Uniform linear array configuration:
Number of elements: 16
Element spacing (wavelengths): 0.25
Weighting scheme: hann
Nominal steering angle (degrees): -60
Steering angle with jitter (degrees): -58.949
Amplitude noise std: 0.05
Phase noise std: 0.05

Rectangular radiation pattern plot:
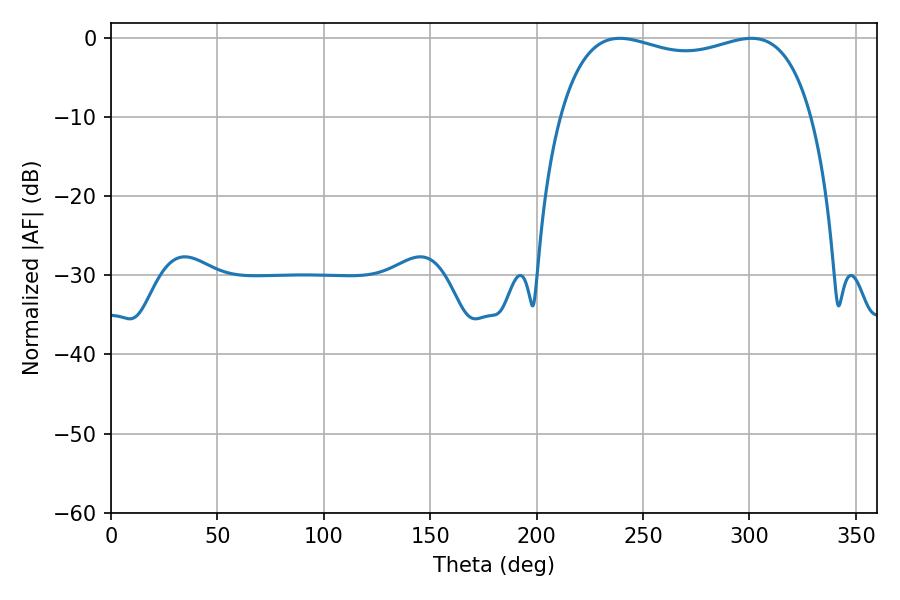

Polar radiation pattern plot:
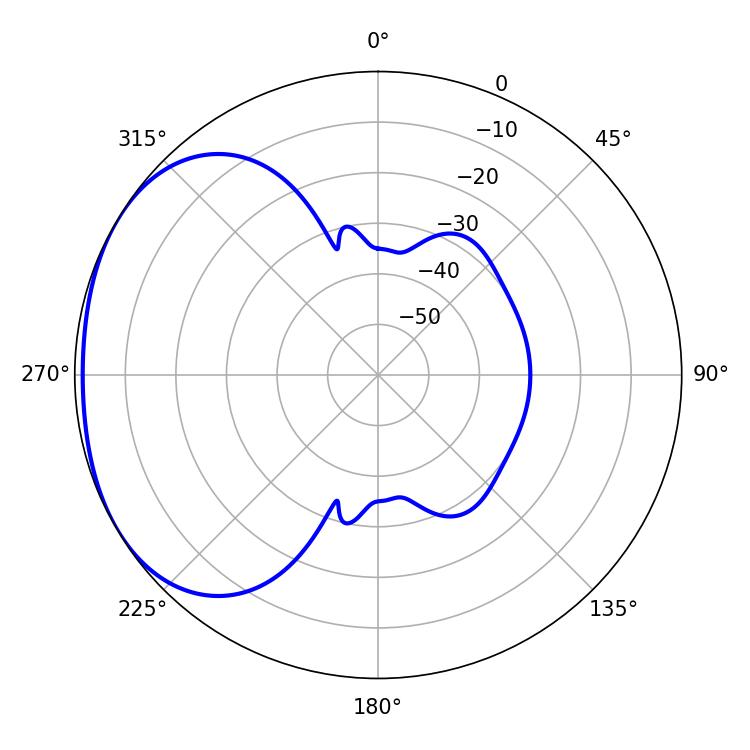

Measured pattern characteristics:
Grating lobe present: FALSE
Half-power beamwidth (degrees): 96.84
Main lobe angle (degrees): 239.04